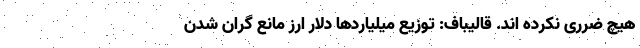
هیچ ضرری نکرده اند. قالیباف: توزیع میلیاردها دلار ارز مانع گران شدن